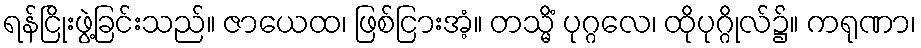
ရန်ငြိုးဖွဲ့ခြင်းသည်။ ဇာယေထ၊ ဖြစ်ငြားအံ့။ တသ္မိံ ပုဂ္ဂလေ၊ ထိုပုဂ္ဂိုလ်၌။ ကရုဏာ၊